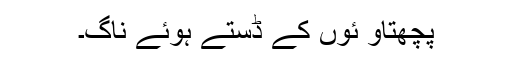
پچھتاو ئوں کے ڈستے ہوئے ناگ۔